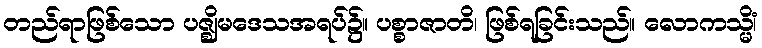
တည်ရာဖြစ်သော ပဇ္ဈိမဒေသအရပ်၌။ ပစ္စာဇာတိ၊ ဖြစ်ရခြင်းသည်။ လောကသ္မိံ၊